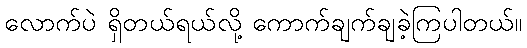
လောက်ပဲ ရှိတယ်ရယ်လို့ ကောက်ချက်ချခဲ့ကြပါတယ်။